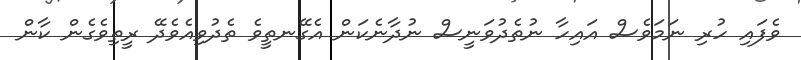
ވެފައި ހުރި ނަމަވެސް އައިހާ ނުތެދުވަނީސް ނުދާނެކަން އެގޭނތީވެ ތެދުވިއެވެދޭ ރީތިވެގެން ކާން